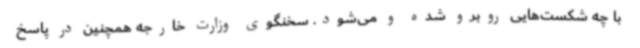
با چه شکست‌هایی روبرو شده و می‌شود. سخنگوی وزارت خارجه همچنین در پاسخ